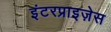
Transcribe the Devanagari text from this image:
इंटरप्राइज़ेस